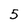
Character: 5